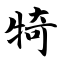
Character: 犄